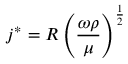
j ^ { * } = R \left( { \frac { \omega \rho } { \mu } } \right) ^ { \frac { 1 } { 2 } }